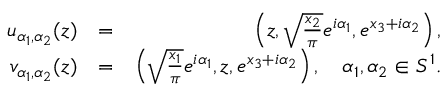
\begin{array} { r l r } { u _ { \alpha _ { 1 } , \alpha _ { 2 } } ( z ) } & { = } & { \left( z , \sqrt { \frac { x _ { 2 } } { \pi } } e ^ { i \alpha _ { 1 } } , e ^ { x _ { 3 } + i \alpha _ { 2 } } \right) , } \\ { v _ { \alpha _ { 1 } , \alpha _ { 2 } } ( z ) } & { = } & { \left( \sqrt { \frac { x _ { 1 } } { \pi } } e ^ { i \alpha _ { 1 } } , z , e ^ { x _ { 3 } + i \alpha _ { 2 } } \right) , \quad \alpha _ { 1 } , \alpha _ { 2 } \in S ^ { 1 } . } \end{array}